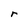
Character: r